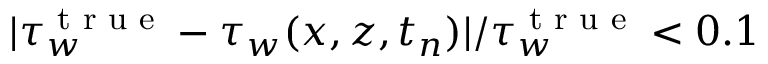
| \tau _ { w } ^ { \textrm { t r u e } } - \tau _ { w } ( x , z , t _ { n } ) | / \tau _ { w } ^ { \textrm { t r u e } } < 0 . 1